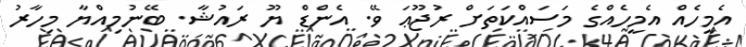
އެމީހެއް އެމީހެއްގެ މަސައްކަތަށް ރުޖޫޢަ ވޭ. އެންޑް ޔޫ ރައުޝާ. ބޭނުމިއްޔާ މިހާރު